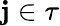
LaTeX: \mathbf{j}\in\tau